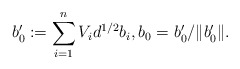
\begin{align*}b_0' := \sum_{i=1}^n V_i d^{1/2} b_i, b_0 = b_0' /\|b_0'\|.\end{align*}